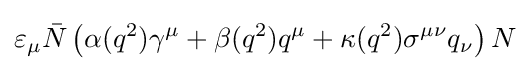
\varepsilon _{\mu }{\bar {N}}\left(\alpha (q^{2})\gamma ^{\mu }+\beta (q^{2})q^{\mu }+\kappa (q^{2})\sigma ^{\mu \nu }q_{\nu }\right)N